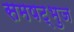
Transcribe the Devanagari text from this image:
समषट्भुज